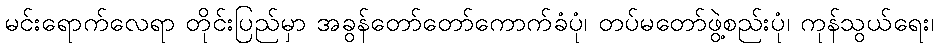
မင်းရောက်လေရာ တိုင်းပြည်မှာ အခွန်တော်တော်ကောက်ခံပုံ၊ တပ်မတော်ဖွဲ့စည်းပုံ၊ ကုန်သွယ်ရေး၊